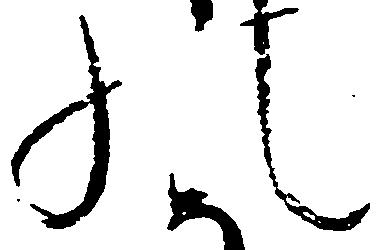
の